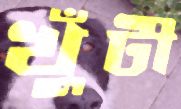
খুঁটী